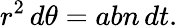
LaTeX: r^{2}\, d\theta=abn\, dt.